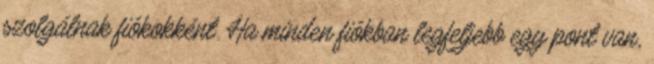
szolgálnak fiókokként. Ha minden fiókban legfeljebb egy pont van,